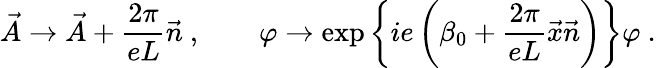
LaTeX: \vec{A}\to\vec{A}+\frac{2\pi}{eL}\vec{n}\ ,\qquad\varphi\to\exp\left\{ ie\left(\beta_{0}+\frac{2\pi}{eL}\vec{x}\vec{n}\right)\right\} \varphi\ .